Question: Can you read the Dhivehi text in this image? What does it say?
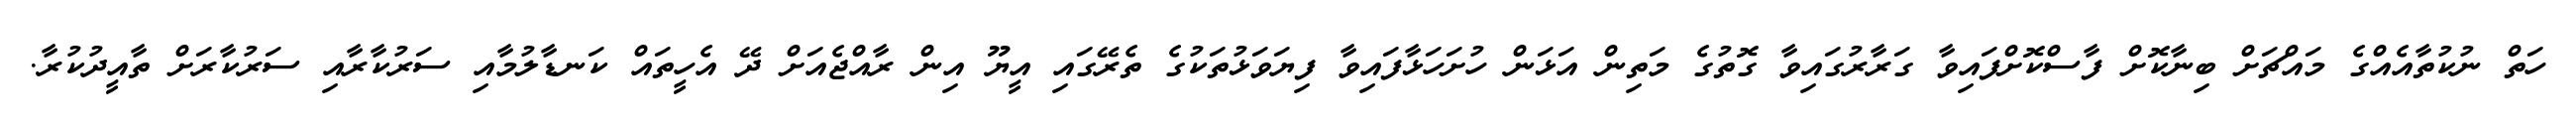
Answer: ހަތް ނުކުތާއެއްގެ މައްޗަށް ބިނާކޮށް ފާސްކޮށްފައިވާ ގަރާރުގައިވާ ގޮތުގެ މަތިން އަޅަން ހުށަހަޅާފައިވާ ފިޔަވަޅުތަކުގެ ތެރޭގައި އީޔޫ އިން ރާއްޖެއަށް ދޭ އެހީތައް ކަނޑާލުމާއި ސަރުކާރާއި ސަރުކާރަށް ތާއީދުކުރާ.